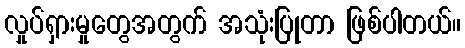
လှုပ်ရှားမှုတွေအတွက် အသုံးပြုတာ ဖြစ်ပါတယ်။